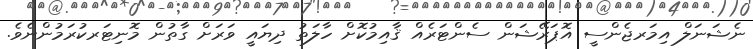
ނެޝަނަލް އިމަރޖެންސީ އޮޕަރޭޝަން ސެންޓަރެއް ޤާއިމުކޮށް ހާލަތު ދިޔައީ ވަރަށް ގާތުން މޮނިޓަރކުރަމުންނެވެ.